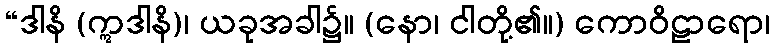
“ဒါနိ (ဣဒါနိ)၊ ယခုအခါ၌။ (နော၊ ငါတို့၏။) ကောဝိဠာရော၊